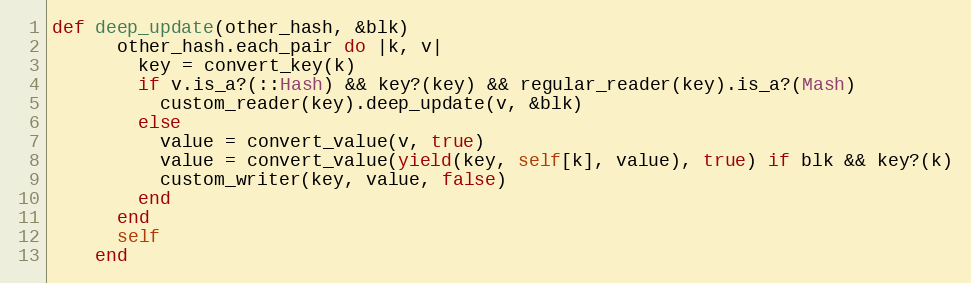
Language: Ruby
def deep_update(other_hash, &blk)
      other_hash.each_pair do |k, v|
        key = convert_key(k)
        if v.is_a?(::Hash) && key?(key) && regular_reader(key).is_a?(Mash)
          custom_reader(key).deep_update(v, &blk)
        else
          value = convert_value(v, true)
          value = convert_value(yield(key, self[k], value), true) if blk && key?(k)
          custom_writer(key, value, false)
        end
      end
      self
    end